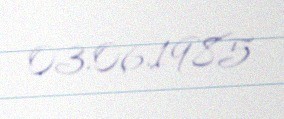
03.06.1985